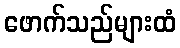
ဖောက်သည်များထံ